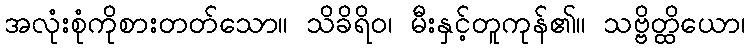
အလုံးစုံကိုစားတတ်သော။ သိခိရိဝ၊ မီးနှင့်တူကုန်၏။ သဗ္ဗိတ္ထိယော၊